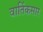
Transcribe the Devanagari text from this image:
वार्तिकसार